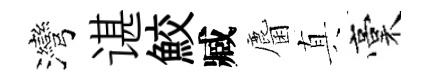
灣谌鮫臧麕真稾